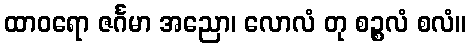
ထာဝရော ဇင်္ဂမာ အညော၊ လောလံ တု စဉ္စလံ စလံ။